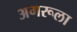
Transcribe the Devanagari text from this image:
अगरूला